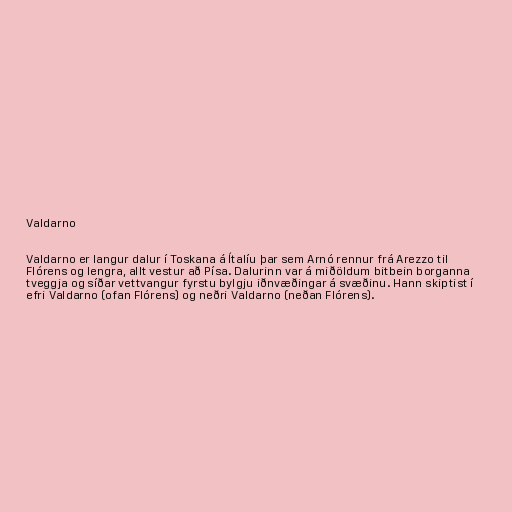
Valdarno

Valdarno er langur dalur í Toskana á Ítalíu þar sem Arnó rennur frá Arezzo til
Flórens og lengra, allt vestur að Písa. Dalurinn var á miðöldum bitbein borganna
tveggja og síðar vettvangur fyrstu bylgju iðnvæðingar á svæðinu. Hann skiptist í
efri Valdarno (ofan Flórens) og neðri Valdarno (neðan Flórens).